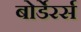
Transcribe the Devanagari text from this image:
बोर्डेरर्स